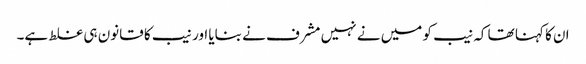
ان کا کہنا تھا کہ نیب کو میں نے نہیں مشرف نے بنایا اور نیب کا قانون ہی غلط ہے۔